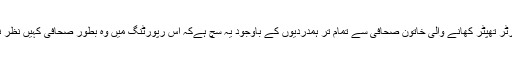
نیوزرپورٹر تھپٹر کھانے والی خاتون صحافی سے تمام تر ہمدردیوں کے باوجود یہ سچ ہےکہ اس رپورٹنگ میں وہ بطور صحافی کہیں نظر نہیں آئیں۔